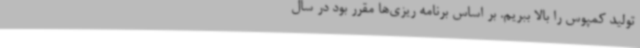
تولید کمپوس را بالا ببریم. بر اساس برنامه ریزی‌ها مقرر بود در سال